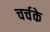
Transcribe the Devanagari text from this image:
चर्चके